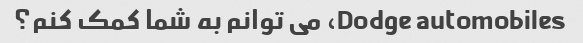
Dodge automobiles، می توانم به شما کمک کنم؟